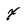
Character: x